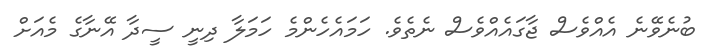
ބުނެވޭނެ އެއްވެސް ޖާގައެއްވެސް ނެތެވެ. ހަމައެހެންމެ ހަމަލާ ދިނީ ސީދާ އޭނާގެ މެއަށް